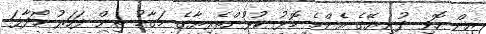
އިން ހޮވި ދުނިޔޭގެ އެންމެ މޮޅު ކުޅުންތެރިޔާގެ މަގާމު ތިން ފަހަރު ހޯދާފަ